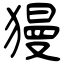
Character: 獌